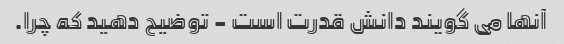
آنها می گویند دانش قدرت است - توضیح دهید که چرا.